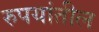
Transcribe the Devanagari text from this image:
रुपयांतील